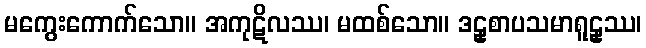
မကွေးကောက်သော။ အကုဋိလဿ၊ မထစ်သော။ ဒဠှစာပသမာရူဠှဿ၊